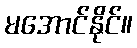
မအောင်နိုင်။